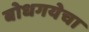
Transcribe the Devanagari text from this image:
बोधगयेचा